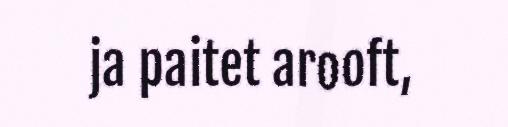
ja paitet arooft,